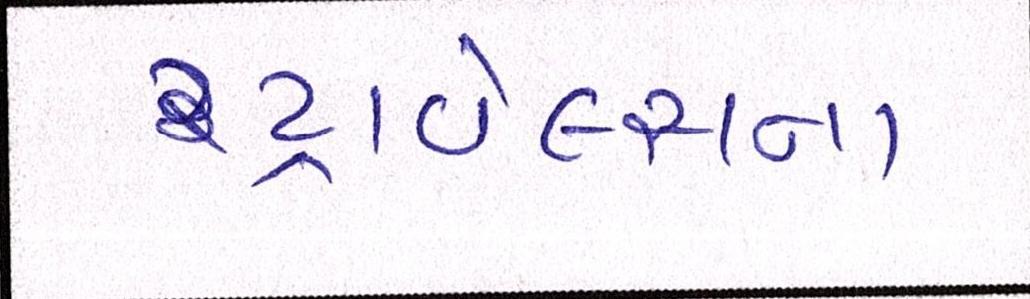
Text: ટ્રાવેલ્સના